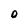
Character: O